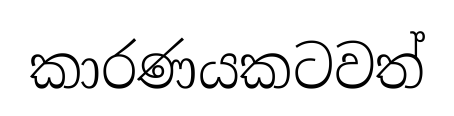
කාරණයකටවත්